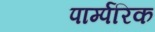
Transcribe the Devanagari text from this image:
पार्म्परिक